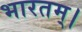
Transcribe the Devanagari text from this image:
भारतम्।